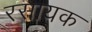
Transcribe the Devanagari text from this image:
रसायक